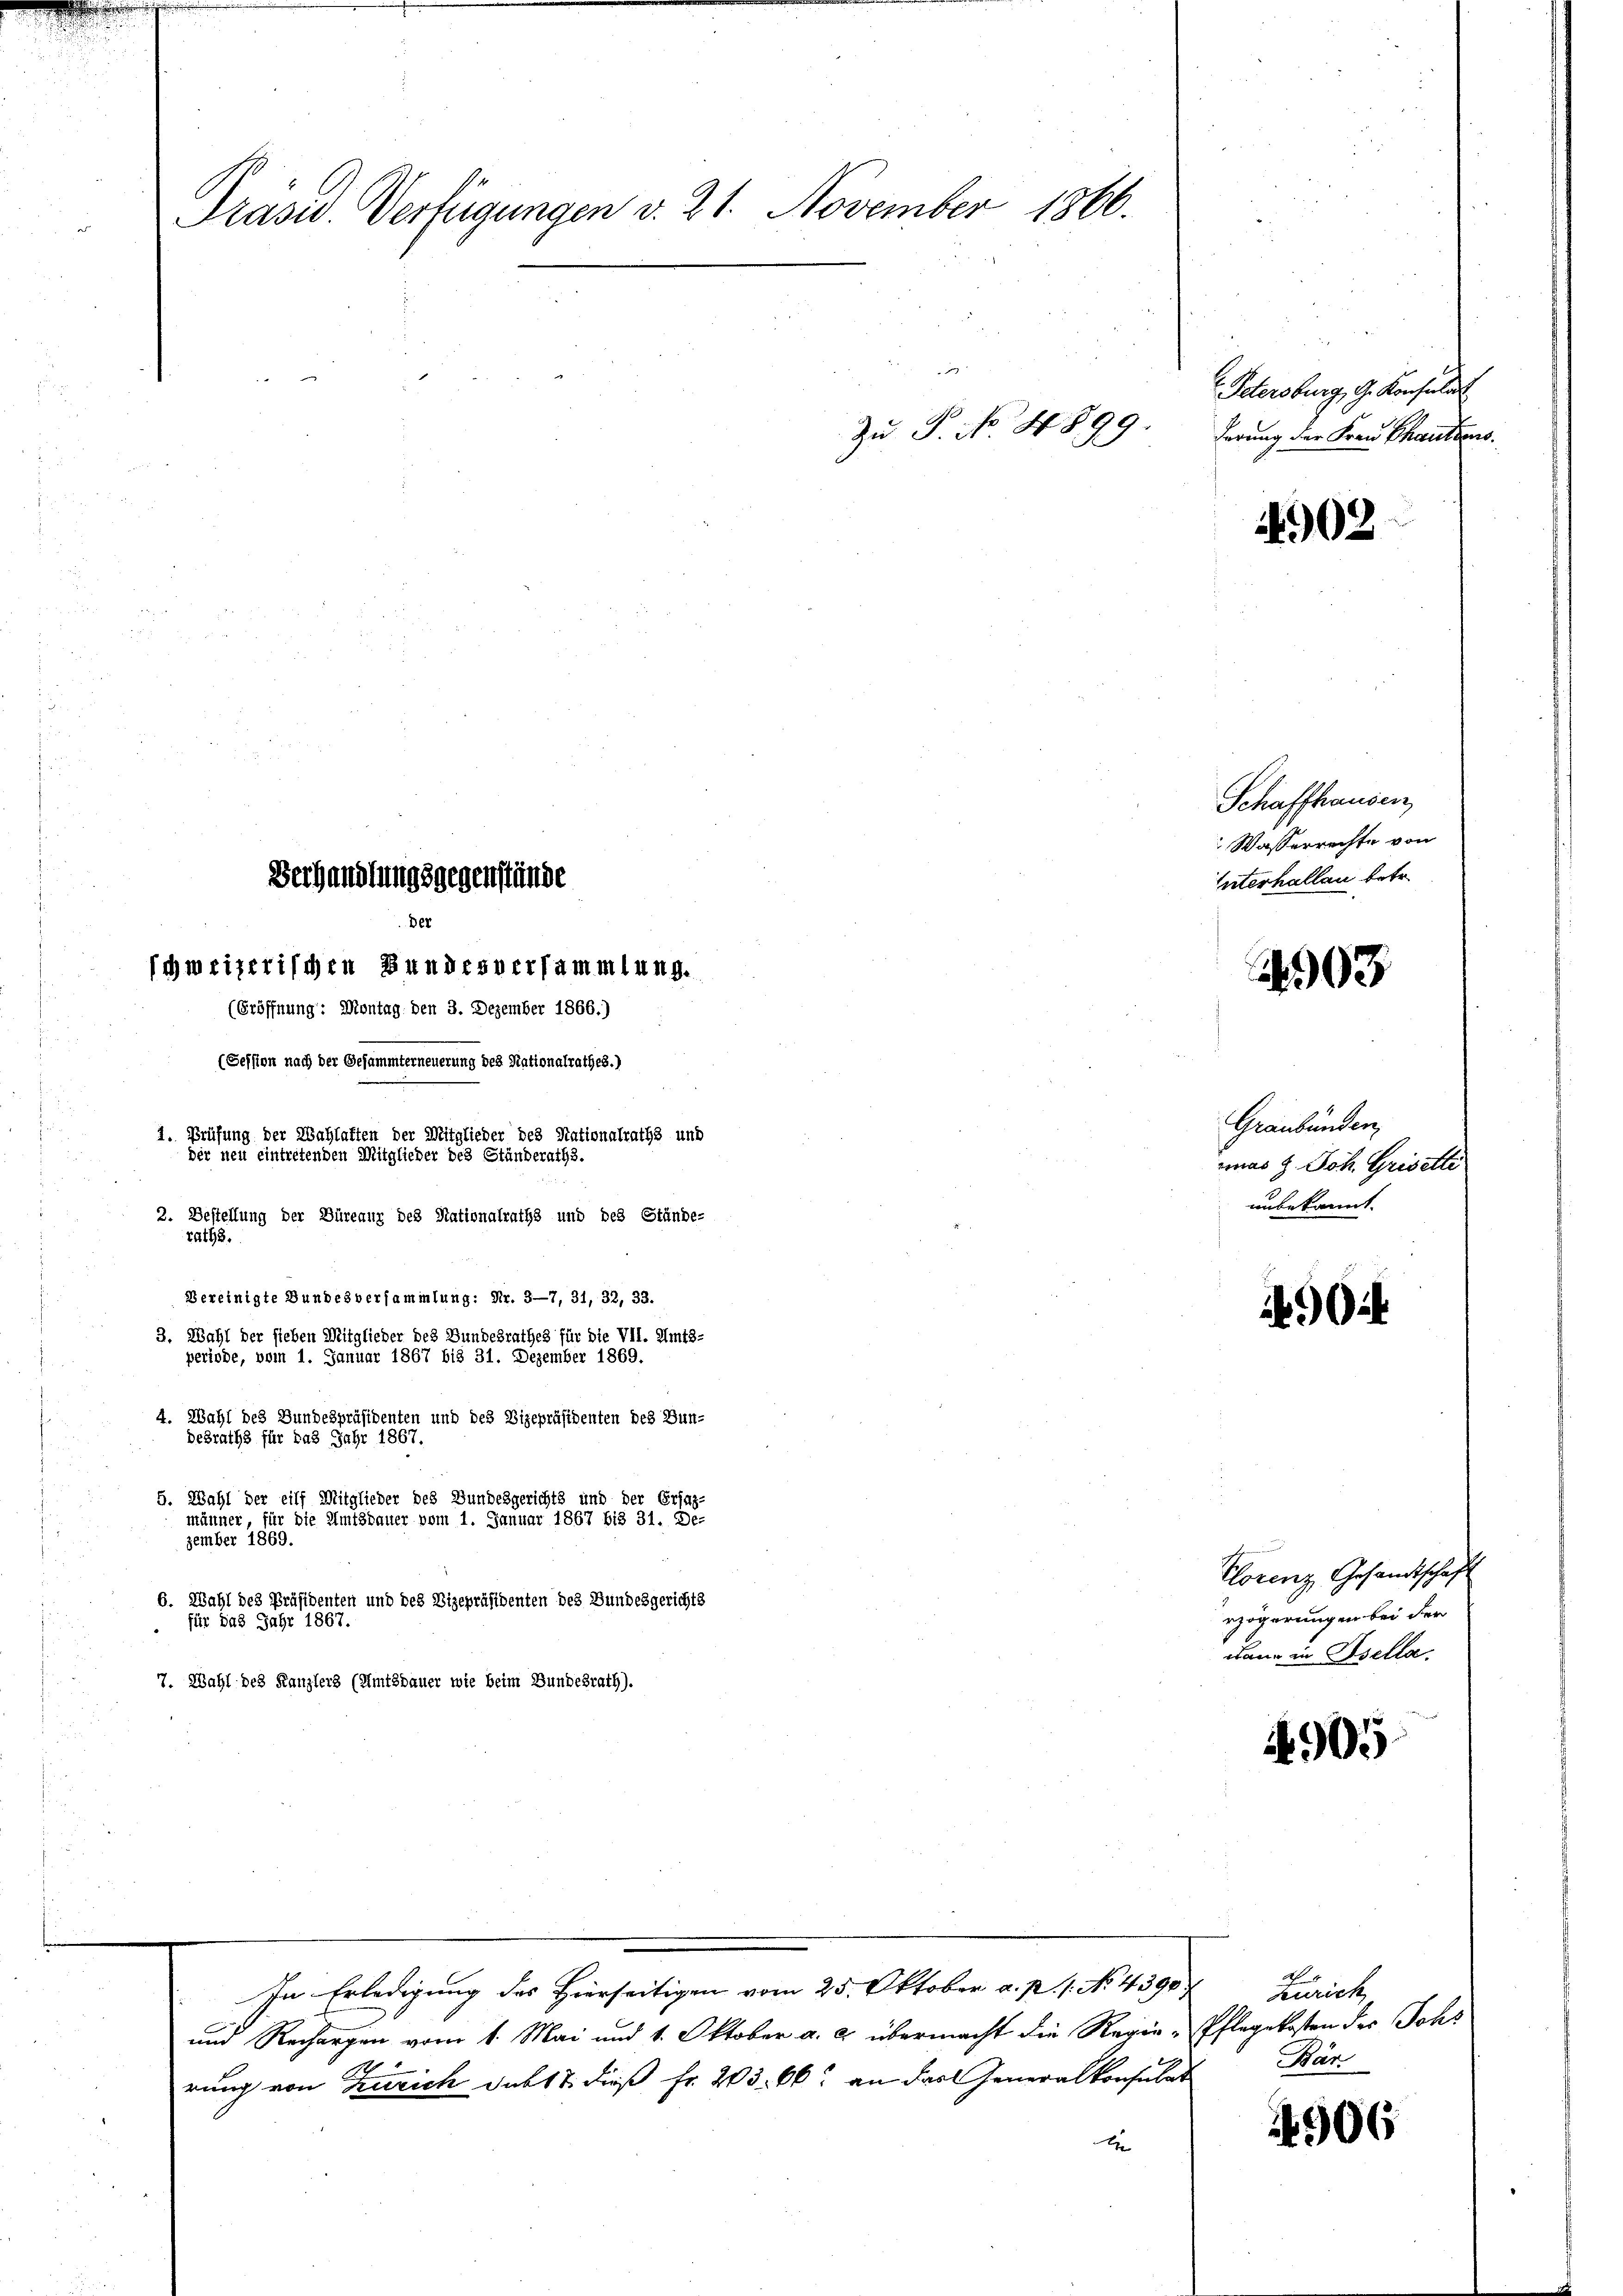
Prasis. Verfügungen v. 21. November 1866.

Der
schweizerischen Bundesversammlung.
(Eröffnung: Montag, den 3. Dezember 1866.)
(Session nach der Gesammterneuerung des Nationalrathes.)
1. Prüfung der Wahlaften der Mitglieder des Nationalraths und
der neu eintretenden Mitglieder des Ständeraths.
2. Bestellung der Büreaux des Nationalraths und des Stände-
raths.
Bereinigte Dundesversammlung: Nr. 3—7, 31, 32, 33.
3. Wahl der sieben Mitglieder des Bundesrathes für die VII. Amts-
periode, bein 1. Januar 1867 bis 31. Dezember 1869.
4. Wahl des Bundespräsidenten und des Vizepräsidenten des Bun-
desraths für das Jahr 1867.
5. Wahl der eilf Mitglieder des Bundesgerichts und der Ersaz-
männer, für die Amtsdauer vom 1. Januar 1867 bis 31. De-
zember 1869.
6. Wahl des Präsidenten und des Vizepräsidenten des Bundesgerichts

7. Wahl des Kanzlers (Amtsdauer wie beim Bundesrath).

Verhandlungsgegenstände

und Rechargen vom 1. Mai und 1. Oktober a. c. übermacht die Regie-Pflegekosten des Johs
rung von Zürich dabt u. dieß Fr. 203. 66. an das Generalkonsulars
xx

In Erledigung des Hierseitigen vom 25. Oktober a. p. 1. No. 4390

Zu P. No. 4899.

903
Graubünden,
was z. Joh. Grisette
unbekannt.

Petersburg, G. Konsulat
derung der Frau Chautzens.

1902

Schaffhausen
Wasserrechte von
Interhallen betr.

04

n
Plorenz, Gesandtschaft
rzögerungen bei der
dann in Isella.

A 905

Zürich,
Bár

4906